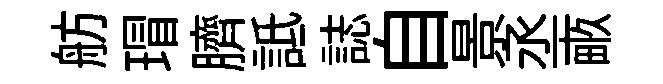
舫瑁臍詆誌自景丞畞